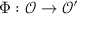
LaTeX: \Phi : { \mathcal { O } } \rightarrow { \mathcal { O } } ^ { \prime }